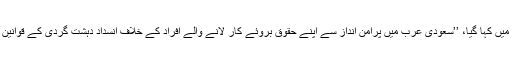
يورپی يونين کے تمام رکن ممالک سمیت کينيڈا اور آسٹريليا کے حمايت يافتہ مشترکہ اعلاميے ميں کہا گيا، ’’سعودی عرب ميں پرامن انداز سے اپنے حقوق بروئے کار لانے والے افراد کے خلاف انسداد دہشت گردی کے قوانين اور قومی سلامتی کی مد ميں اٹھائے جانے والے ديگر اقدامات پر فريقين کو شديد تحفظات ہيں۔